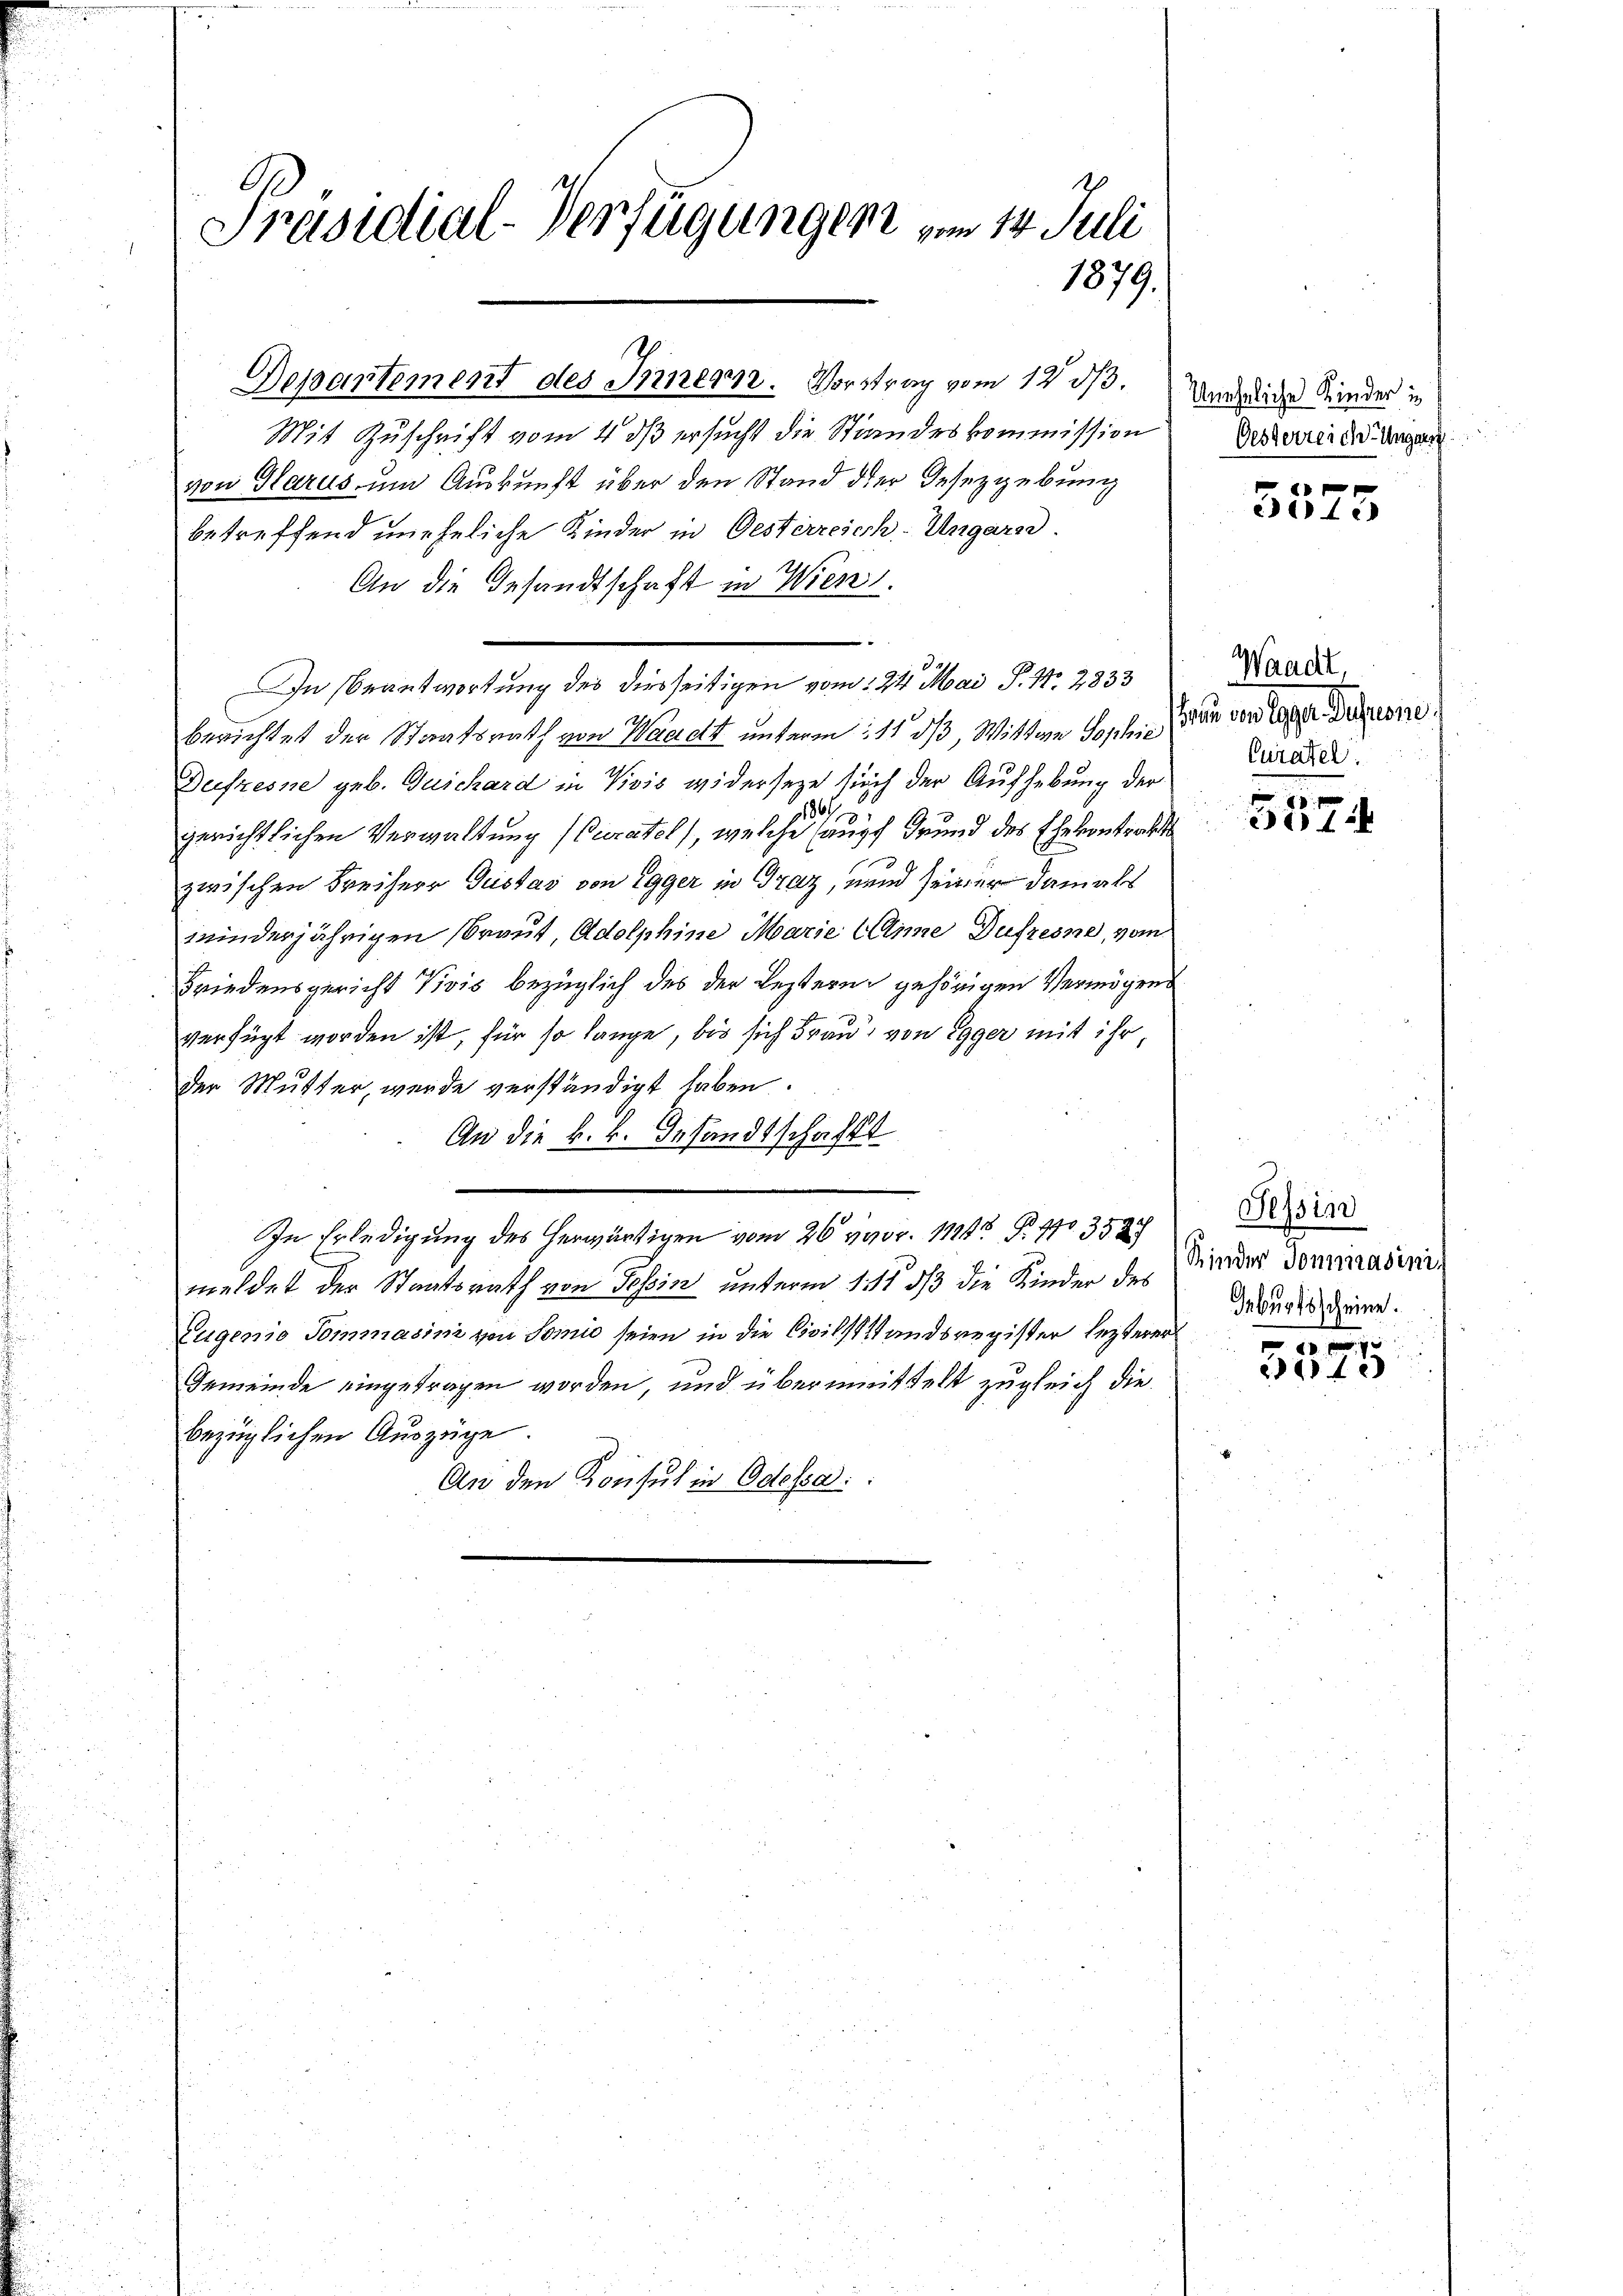
Präsidial-Verfügungen vom 14. Juli
1879.

Departement des Innern. Vorstrag vom 12 ds.

In Beantwortung des diesseitigen vom 24. Mai P. Nr. 2833

Mit Zuschrift vom 4. ds ersucht die Standeskommission
von Glarus, um Auskunft über den Stand der Gesezgebung
betreffend uneheliche Kinder in Gesterreich-Ungarre
An die Gesandtschaft in Wien.
berichtet der Staatsrath von Waadt unterm 11 dβ, Wittwe Sophie
Deifzesne geb. Guichard in Visis widerseze sich der Aufhebung der
6
gerichtlichen Verwaltung (Curatel), welche haupt Grund des Ehekontrach
zwischen Freiherr Gustav von Egger in Graz, unnd seiner damals
winderjährigen Braut, Adolphine Marie (Anne Dufzesne, vom
Friedensgericht Vivis bezüglich des der Leztern gehörigen Vermögens
verfügt worden ist, für so lange, bis sich Frau von Egger mit ihr
der Mutter, werde verständigt haben.
An die k. k. Gesandtschafft
In Erledigung des herwärtigen vom 26. 490. 1128. B. 10 352
meldet der Staatsrath von Tessin unterm 11 dß die Kinder des
Eugenie Tommasini von Somi seien in die Civilstandsregister lezterer
Gemeinde eingetragen worden, und übermittelt zugleich die
bezüglichen Auszüge.
An den Konsul in Odessa

Uneheliche Kinder in
Oesterreiche Ungar.

edec

Waadt
denn ein legen Defrone
Curatel

.
f

Tessin
Kinder Sommasinis
Geburtsscheine.

2112)